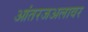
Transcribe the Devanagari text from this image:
आंतरजअलावर